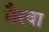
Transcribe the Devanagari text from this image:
भैरवा